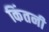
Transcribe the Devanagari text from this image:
किंतनी